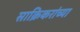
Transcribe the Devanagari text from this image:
साक्रिकरांच्या